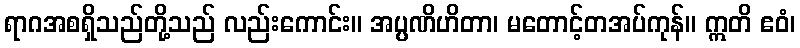
ရာဂအစရှိသည်တို့သည် လည်းကောင်း။ အပ္ပဏိဟိတာ၊ မတောင့်တအပ်ကုန်။ ဣတိ ဧဝံ၊